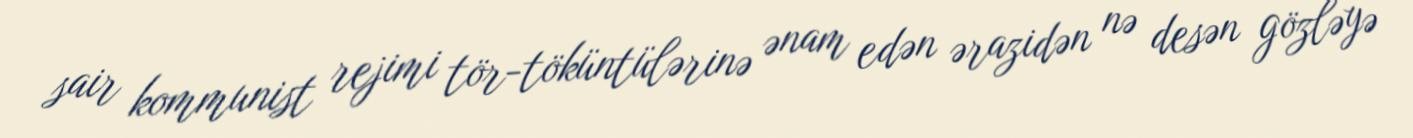
sair kommunist rejimi tör-töküntülərinə ənam edən ərazidən nə desən gözləyə